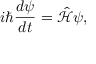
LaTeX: i \hbar { \frac { d \psi } { d t } } = { \hat { \mathcal { H } } } \psi ,